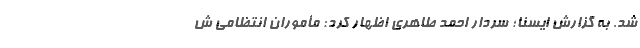
شد. به گزارش ایسنا؛ سردار احمد طاهری اظهار کرد: مأموران انتظامی ش